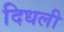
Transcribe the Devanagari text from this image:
दिधली